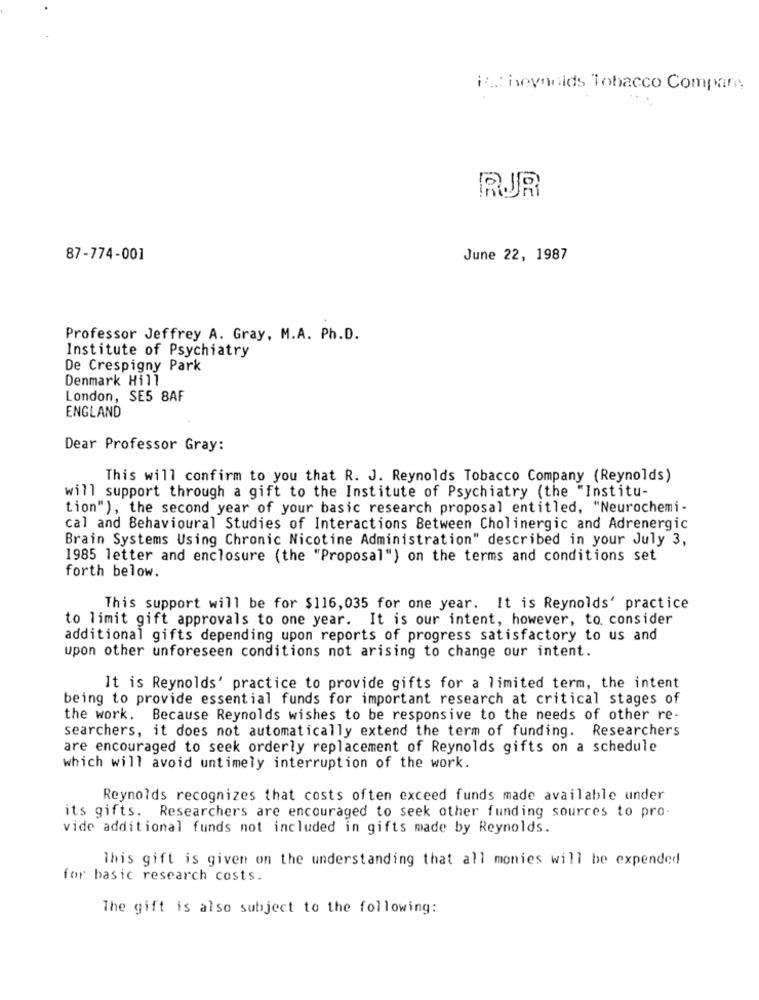
in .: iseynolds Tobacco Compare;
RJR
87-774-001
June 22, 1987
Professor Jeffrey A. Gray, M.A. Ph.D.
Institute of Psychiatry
De Crespigny Park
Denmark Hill
London, SE5 8AF
ENGLAND
Dear Professor Gray:
This will confirm to you that R. J. Reynolds Tobacco Company (Reynolds)
will support through a gift to the Institute of Psychiatry (the "Institu-
tion"), the second year of your basic research proposal entitled, "Neurochemi-
cal and Behavioural Studies of Interactions Between Cholinergic and Adrenergic
Brain Systems Using Chronic Nicotine Administration" described in your July 3,
1985 letter and enclosure (the "Proposal") on the terms and conditions set
forth below.
This support will be for $116, 035 for one year. It is Reynolds' practice
to limit gift approvals to one year. It is our intent, however, to. consider
additional gifts depending upon reports of progress satisfactory to us and
upon other unforeseen conditions not arising to change our intent.
It is Reynolds' practice to provide gifts for a limited term, the intent
being to provide essential funds for important research at critical stages of
the work. Because Reynolds wishes to be responsive to the needs of other re-
searchers, it does not automatically extend the term of funding. Researchers
are encouraged to seek orderly replacement of Reynolds gifts on a schedule
which will avoid untimely interruption of the work.
Reynolds recognizes that costs often exceed funds made available under
its gifts. Researchers are encouraged to seek other funding sources to pro-
vide additional funds not included in gifts made by Reynolds.
This gift is given on the understanding that all monies will be expended
for basic research costs.
The gift is also subject to the following: